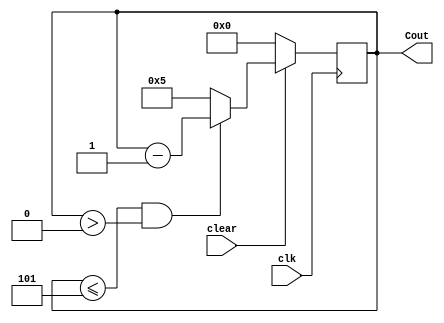
module Mod_5_Down_counter(
    input clear,
    input clk,
    output reg [3:0] Cout
    );
    initial
     Cout=4'b0101;
     always@ (posedge clk)
     begin
       if( clear==0)
         Cout <= 4'b0000;
       else
         begin
         if(Cout<=5&Cout>0)
            Cout<=Cout-1;
         else
            Cout<=4'b0101;
         end
    end
endmodule